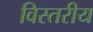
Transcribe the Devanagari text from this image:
विस्तरीय